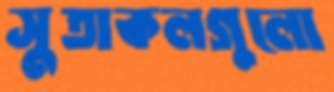
সুতাকলগুলো